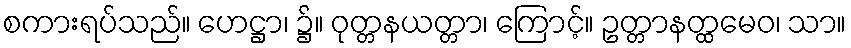
စကားရပ်သည်။ ဟေဋ္ဌာ၊ ၌။ ဝုတ္တနယတ္တာ၊ ကြောင့်။ ဥတ္တာနတ္ထမေဝ၊ သာ။